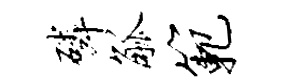
磷觚范